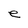
Character: e